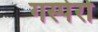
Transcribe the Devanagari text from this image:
गस्पेरो